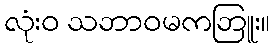
လုံးဝ သဘာဝမကဘြူး။